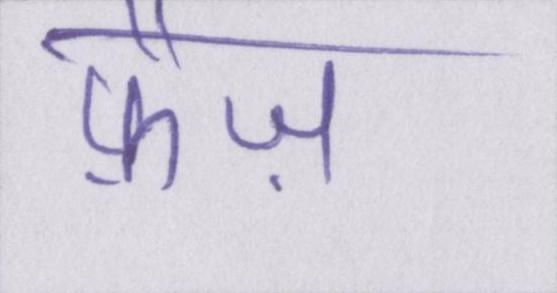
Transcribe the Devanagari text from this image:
फ़ैज़